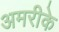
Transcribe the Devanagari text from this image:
अमरीके